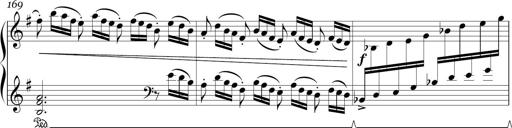
Title: Sonatina in E minor
Composer: Shuwen Zhang
Key: E minor